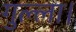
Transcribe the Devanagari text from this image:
गुल्ला।